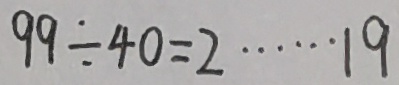
9 9 \div 4 0 = 2 \cdots 1 9